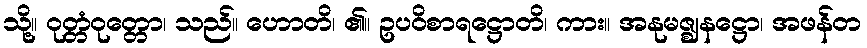
သို့။ ဝုတ္တံဝုတ္တော၊ သည်။ ဟောတိ၊ ၏။ ဥပဝိစာရဋ္ဌောတိ၊ ကား။ အနုမဇ္ဈနဋ္ဌော၊ အဖန်တ